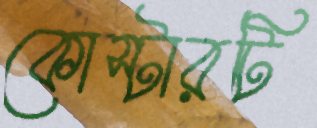
কোস্টারটি